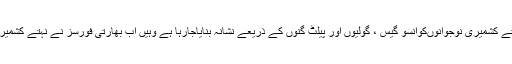
انہوںنے کہاکہ مقبوضہ علاقے میں جہاں بھارتی فورسز کے ہاتھوں نہتے کشمیری نوجوانوںکوآنسو گیس ، گولیوں اور پیلٹ گنوں کے ذریعے نشانہ بنایاجارہا ہے وہیں اب بھارتی فورسز نے نہتے کشمیریوںکو فوجی گاڑیوں کے ذریعے کچلنے کا نیا طریقہ اختیار کرلیا ہے ۔